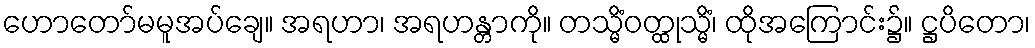
ဟောတော်မမူအပ်ချေ။ အရဟာ၊ အရဟန္တာကို။ တသ္မိံဝတ္ထုသ္မိံ၊ ထိုအကြောင်း၌။ ဋ္ဌပိတော၊